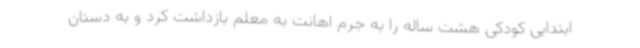
ابتدایی کودکی هشت ساله را به جرم اهانت به معلم بازداشت کرد و به دستان